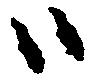
ハ